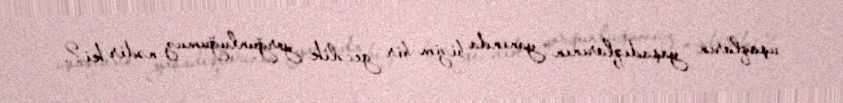
uşaqların yaşadıqlarının yanında bizim bir gecəlik yorğunluğumuz nədir ki?.